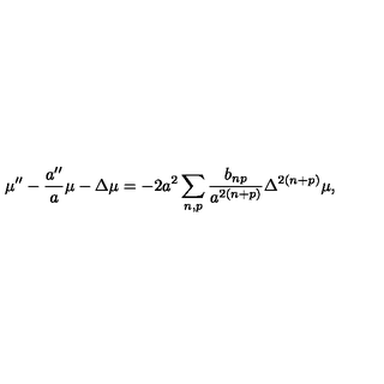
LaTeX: \mu ^ { \prime \prime } - \frac { a ^ { \prime \prime } } { a } \mu - \Delta \mu = - 2 a ^ { 2 } \sum _ { n , p } \frac { b _ { n p } } { a ^ { 2 ( n + p ) } } \Delta ^ { 2 ( n + p ) } \mu ,